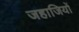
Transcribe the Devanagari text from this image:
जहाजियों